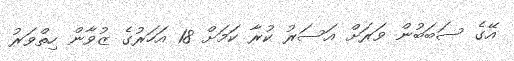
އޭގެ ސަބަބުން ވަރަށް އަސަރު ކުރާ ކަމަށް 18 އަހަރުގެ ޒުވާން ހިތްވަރު